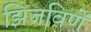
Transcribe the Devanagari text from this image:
झिजविणें